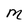
Character: M